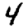
Digit: 4